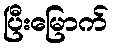
ပြီးမြောက်